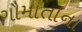
ગૌમાતાના